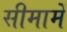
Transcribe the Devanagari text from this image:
सीमामें